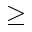
\ge